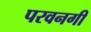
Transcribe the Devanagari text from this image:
परवनगी